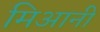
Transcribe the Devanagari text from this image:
मिआनी